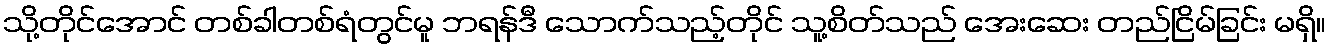
သို့တိုင်အောင် တစ်ခါတစ်ရံတွင်မူ ဘရန်ဒီ သောက်သည့်တိုင် သူ့စိတ်သည် အေးဆေး တည်ငြိမ်ခြင်း မရှိ။